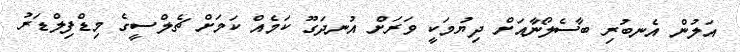
އަލުން އެނބުރި ބާސެލޯނާއަށް ދިޔުމަކީ ވަރަށް އުނދަގޫ ކަމެއް ކަމަށް ޗެލްސީގެ މިޑްފިލްޑަރު